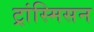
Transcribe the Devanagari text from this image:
ट्रांस्मिसन